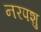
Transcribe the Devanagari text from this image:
नरपशु